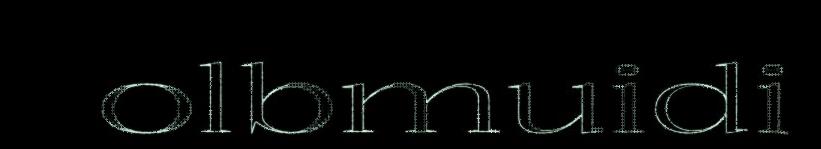
olbmuidi